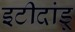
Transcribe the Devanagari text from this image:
इटीदांडू